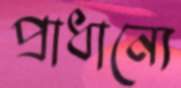
প্রাধান্যে